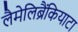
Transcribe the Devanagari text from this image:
लैमेलिब्रैंकियाटा